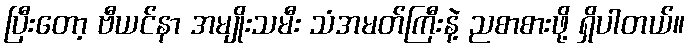
ပြီးတော့ ဗီယင်နာ အမျိုးသမီး သံအမတ်ကြီးနဲ့ ညစာစားဖို့ ရှိပါတယ်။